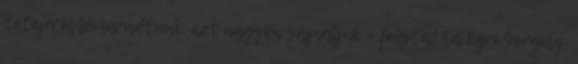
tetejéről lemaradtunk, ezt nagyon sajnáljuk – folytatta Egri Gergely.